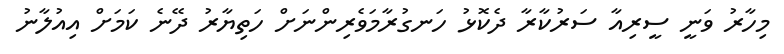
މިހާރު ވަނީ ސީރިއާ ސަރުކާރާ ދެކޮޅު ހަނގުރާމަވެރިންނަށް ހަތިޔާރު ދޭނެ ކަމަށް އިއުލާނު